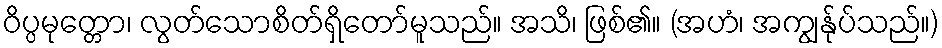
ဝိပ္ပမုတ္တော၊ လွတ်သောစိတ်ရှိတော်မူသည်။ အသိ၊ ဖြစ်၏။ (အဟံ၊ အကျွန်ုပ်သည်။)